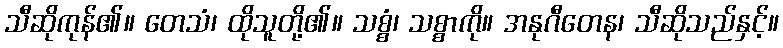
သီဆိုကုန်၏။ တေသံ၊ ထိုသူတို့၏။ သစ္စံ၊ သစ္စာကို။ အနုဂီတေန၊ သီဆိုသည်နှင့်။